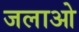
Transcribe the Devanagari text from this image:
जलाओ